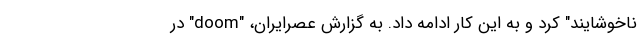
ناخوشایند" کرد و به این کار ادامه داد. به گزارش عصرایران، "doom" در